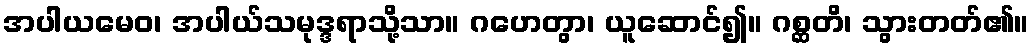
အပါယမေဝ၊ အပါယ်သမုဒ္ဒရာသို့သာ။ ဂဟေတွာ၊ ယူဆောင်၍။ ဂစ္ဆတိ၊ သွားတတ်၏။